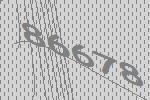
86678